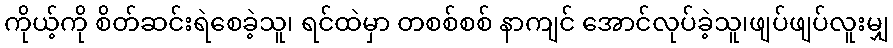
ကိုယ့်ကို စိတ်ဆင်းရဲစေခဲ့သူ၊ ရင်ထဲမှာ တစစ်စစ် နာကျင် အောင်လုပ်ခဲ့သူ၊ဖျပ်ဖျပ်လူးမျှ